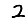
Digit: 2